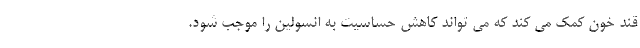
قند خون کمک می کند که می تواند کاهش حساسیت به انسولین را موجب شود.